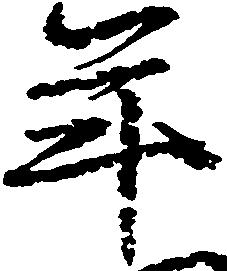
年